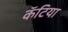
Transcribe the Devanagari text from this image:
कॅटिया